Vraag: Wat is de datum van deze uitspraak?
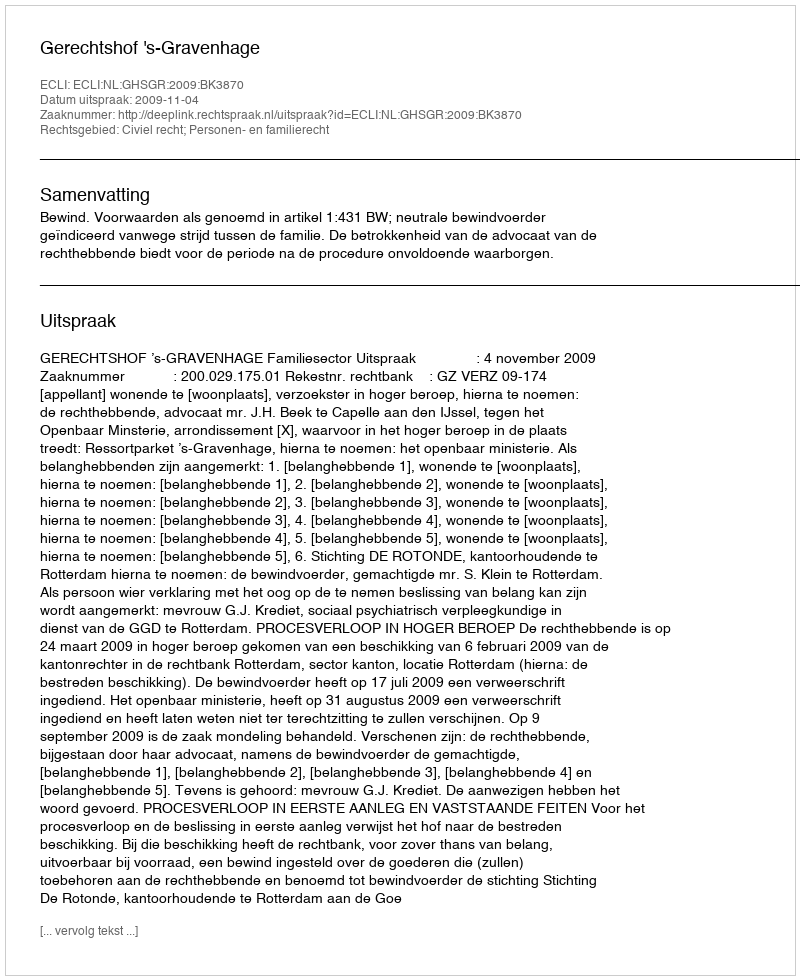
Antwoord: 2009-11-04